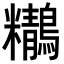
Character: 𪇒